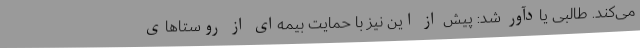
می‌کند. طالبی یادآور شد: پیش از این نیز با حمایت بیمه‌ای از روستاهای